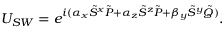
U _ { S W } = e ^ { i ( \alpha _ { x } \tilde { S } ^ { x } \tilde { P } + \alpha _ { z } \tilde { S } ^ { z } \tilde { P } + \beta _ { y } \tilde { S } ^ { y } \tilde { Q } ) } .